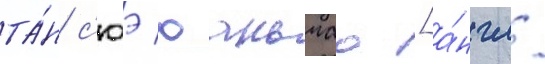
та́н с'юэ юаньчао [а́нгл.